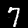
Label: 7